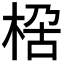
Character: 𭪏